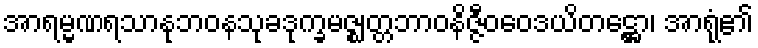
အာရမ္မဏရသာနုဘဝနသုခဒုက္ခမဇ္ဈတ္တဘာဝနိဇ္ဇီဝဝေဒယိတဋ္ဌော၊ အာရုံ၏